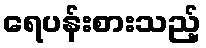
ရေပန်းစားသည့်